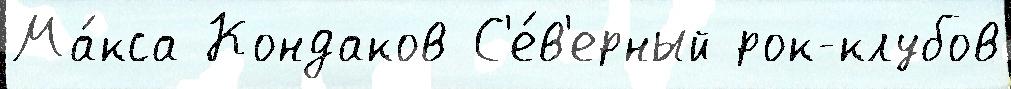
Ма́кса Кондаков С'е́в'ерный рок-клубов